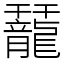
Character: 䶬